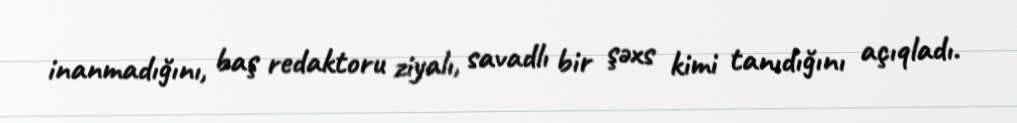
inanmadığını, baş redaktoru ziyalı, savadlı bir şəxs kimi tanıdığını açıqladı.